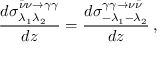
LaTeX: \frac { d { \sigma } _ { \lambda _ { 1 } \lambda _ { 2 } } ^ { \bar { \nu } \nu \to \gamma \gamma } } { d z } = \frac { d { \sigma } _ { - \lambda _ { 1 } - \lambda _ { 2 } } ^ { \gamma \gamma \to \nu \bar { \nu } } } { d z } \, ,